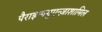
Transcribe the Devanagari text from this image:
पैराइन्फ्युएन्ज़ाशामिल